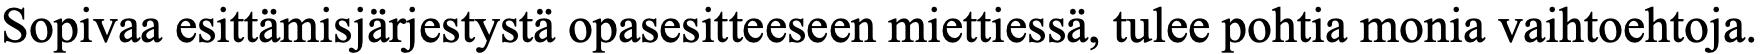
Sopivaa esittämisjärjestystä opasesitteeseen miettiessä, tulee pohtia monia vaihtoehtoja.